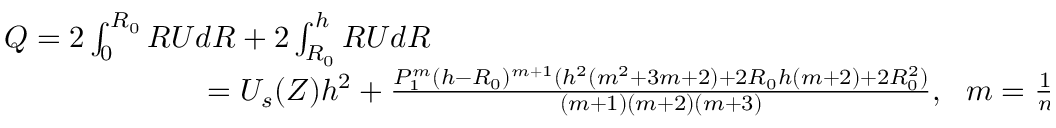
\begin{array} { r } { Q = 2 \int _ { 0 } ^ { R _ { 0 } } R U d R + 2 \int _ { R _ { 0 } } ^ { h } R U d R ~ ~ ~ ~ ~ ~ ~ ~ ~ ~ ~ ~ ~ ~ ~ ~ ~ ~ ~ ~ ~ ~ ~ ~ ~ ~ ~ ~ ~ ~ ~ ~ ~ ~ ~ ~ ~ ~ ~ ~ ~ ~ ~ ~ ~ ~ ~ ~ ~ ~ ~ ~ ~ ~ ~ ~ ~ ~ ~ ~ ~ ~ } \\ { = U _ { s } ( Z ) h ^ { 2 } + \frac { P _ { 1 } ^ { m } ( h - R _ { 0 } ) ^ { m + 1 } ( h ^ { 2 } ( m ^ { 2 } + 3 m + 2 ) + 2 R _ { 0 } h ( m + 2 ) + 2 R _ { 0 } ^ { 2 } ) } { ( m + 1 ) ( m + 2 ) ( m + 3 ) } , ~ ~ m = \frac { 1 } { n } . } \end{array}